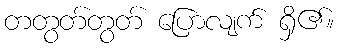
တတွတ်တွတ် ပြောလျက် ရှိ၏။